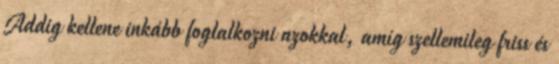
Addig kellene inkább foglalkozni azokkal, amíg szellemileg friss és